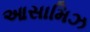
આસામિઝ